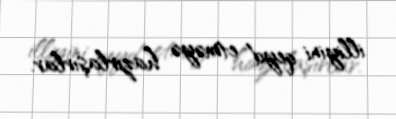
illiyini qeyd etməyə hazırlaşırlar.